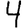
Digit: 4